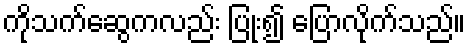
ကိုသက်ဆွေကလည်း ပြုံး၍ ပြောလိုက်သည်။